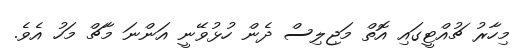
މިހާރު ޗުއްޓީގައި އޮތް މަޖިލިސް ދެން ހުޅުވޭނީ އަންނަ މާޗް މަހު އެވެ.